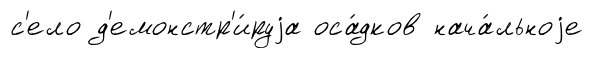
с'ело д'емонстр'и́руjа оса́дков нача́льноjе